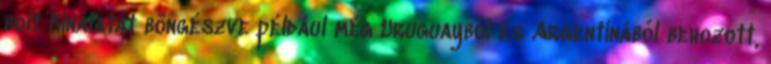
bolt kínálatát böngészve például még Uruguayból és Argentínából behozott,